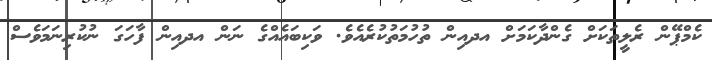
ކެމްޕޭން ރެލީތަކަށް ގެންދާކަމަށް އދއިން ތުހުމަތުކުރެއެވެ. ވަކިބައެއްގެ ނަން އދއިން ފާހަގަ ނުކުރިނަމަވެސް